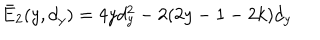
\bar { E } _ { 2 } ( y , d _ { y } ) = 4 y d _ { y } ^ { 2 } - 2 ( 2 y - 1 - 2 k ) d _ { y }